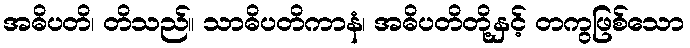
အဓိပတိ၊ တိသည်။ သာဓိပတိကာနံ၊ အဓိပတိတို့နှင့် တကွဖြစ်သော